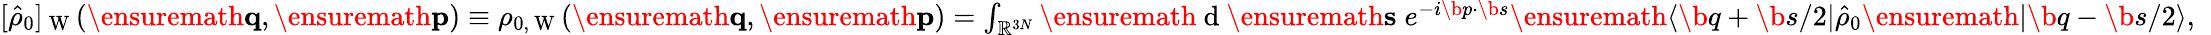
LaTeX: \begin{array}{r}{[\hat{\rho}_{0}]_{\mathrm{~W~}}(\ensuremath{\mathbf{q}},\ensuremath{\mathbf{p}})\equiv\rho_{0,\mathrm{~W~}}(\ensuremath{\mathbf{q}},\ensuremath{\mathbf{p}})=\int_{\mathbb{R}^{3N}}\ensuremath{\mathrm{~d~}}\ensuremath{\mathbf{s}}\; e^{-i\b{p}\cdot\b{s}}\ensuremath{\langle\b{q}+\b{s}/2\vert}\hat{\rho}_{0}\ensuremath{\vert\b{q}-\b{s}/2\rangle},\; \; }\end{array}